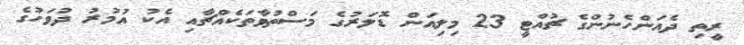
ރީތި ދެއަންހެނުންގެ ޗުއްޓީ 23 މިލިއަން ޑޮލަރުގެ މަސްތުވާތަކެއްޗާއި އެކު އުމުރު ދުވަހުގެ